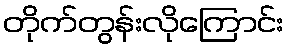
တိုက်တွန်းလိုကြောင်း